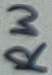
Text: RW